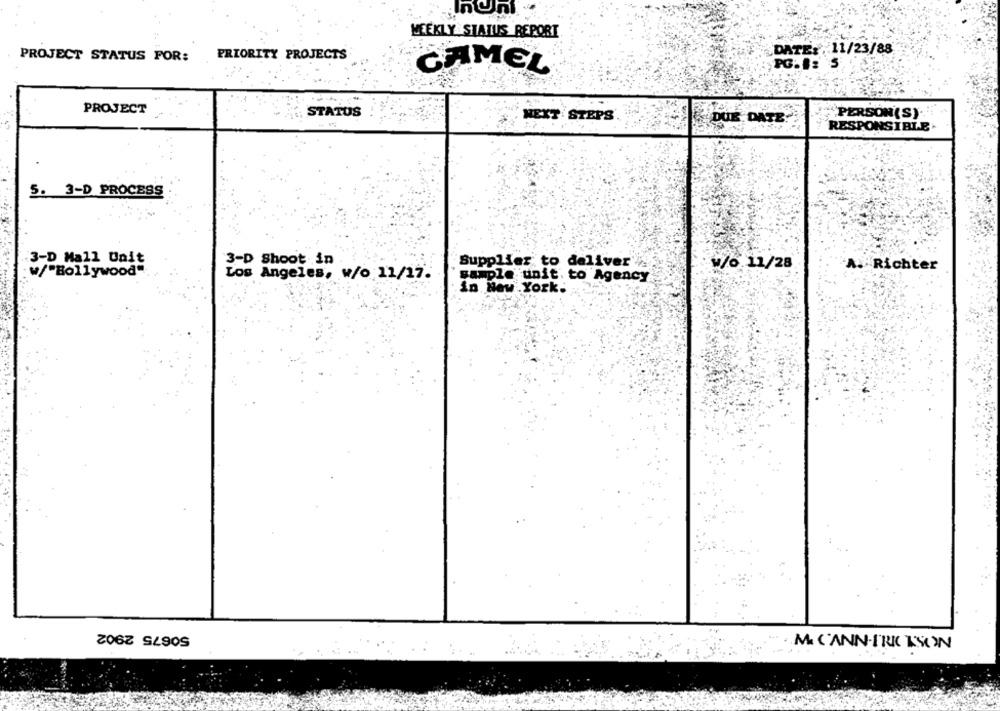
WEEKLY STATUS REPORT
DATE:11/23/88
PRIORITY PROJECTS
PROJECT STATUS POR:
CAMEL
PG.1: 5
PROJECT
STATUS
NEXT STEPS
DUE DATE
"PERSON(S).
RESPONSIBLE
5. 3-D PROCESS
3-D Mall Unit
Shoot in
Supplier to deliver'
w/6.11/28
Richter
w/"Bollywood"
Angeles, w/o 11/17.
sample unit to Agency
in New York.
50675 2902
M. C'ANIN-ERICKSON